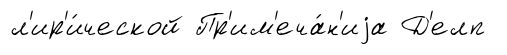
л'ир'и́ческой Пр'им'еча́н'иjа Д'елп